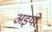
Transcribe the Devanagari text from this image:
अइयो